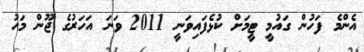
އެންމެ ފަހުން ގައުމީ ޓީމަށް ކުޅެފައިވަނީ 2011 ވަނަ އަހަރުގެ ޖޫން މަހު